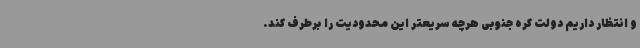
و انتظار داریم دولت کره جنوبی هرچه سریعتر این محدودیت را برطرف کند.